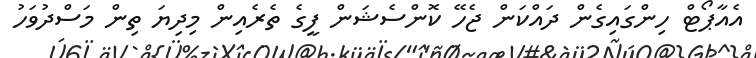
އެއާޕޯޓް ހިންގައިގެން ދައްކަން ޖެހޭ ކޮންސެޝަން ފީގެ ތެރެއިން މިދިޔަ ތިން މަސްދުވަހު